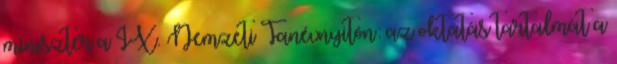
miniszter a IX. Nemzeti Tanévnyitón: az oktatás tartalmát a